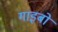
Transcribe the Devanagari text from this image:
गाइबो